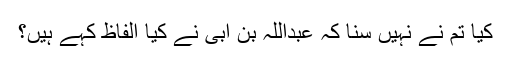
کیا تم نے نہیں سنا کہ عبداللہ بن ابی نے کیا الفاظ کہے ہیں؟